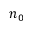
n _ { 0 }